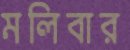
মলিবার